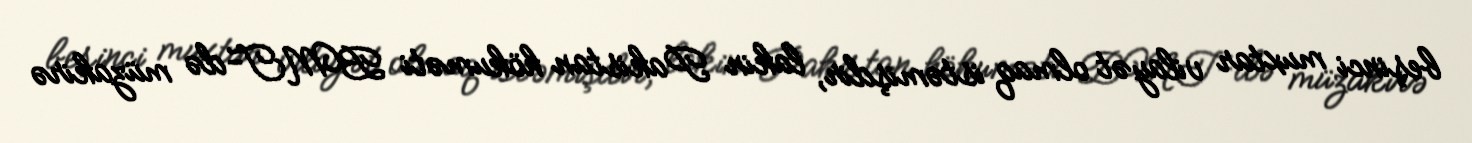
beşinci muxtar vilayət olmaq istəmişdir, lakin Pakistan hökuməti BMT-də müzakirə